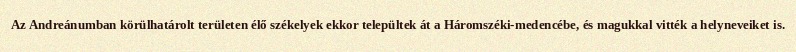
Az Andreánumban körülhatárolt területen élő székelyek ekkor települtek át a Háromszéki-medencébe, és magukkal vitték a helyneveiket is.